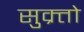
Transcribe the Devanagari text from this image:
सुक्र्तो